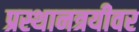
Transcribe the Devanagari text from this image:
प्रस्थानत्रयीवर